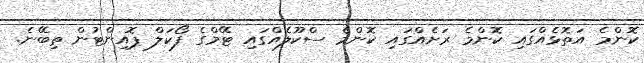
ކޮންމެ އަތޮޅެއްގައި ކޮންމެ ރަށެއްގައި ކޮންމެ ސްކޫލެއްގައި ޓޭމްގެ ފޯކަލް ޕޮއިންޓުން ތިބޭނެ.